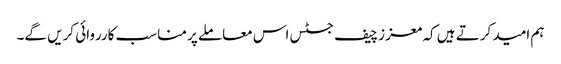
ہم امید کرتے ہیں کہ معزز چیف جسٹس اس معاملے پر مناسب کارروائی کریں گے۔